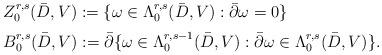
LaTeX: \begin{align*}\begin{array}{l}Z_0^{r,s}(\bar{D},V):=\{\omega \in \Lambda_0^{r,s}(\bar{D},V): \bar{\partial}\omega=0 \}\qquad \medskip\\B_0^{r,s}(\bar{D},V):=\bar{\partial}\{\omega \in \Lambda^{r,s-1}_0(\bar{D},V): \bar{\partial}\omega \in \Lambda_0^{r,s}(\bar{D},V)\}.\end{array}\end{align*}